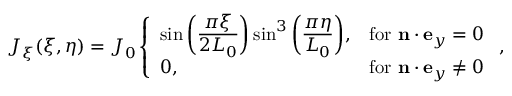
\begin{array} { r } { J _ { \xi } ( \xi , \eta ) = J _ { 0 } \left\{ \begin{array} { l l } { \sin \bigg ( \displaystyle \frac { \pi \xi } { 2 L _ { 0 } } \bigg ) \sin ^ { 3 } \bigg ( \displaystyle \frac { \pi \eta } { L _ { 0 } } \bigg ) , } & { \mathrm { f o r ~ } \mathbf { n } \cdot \mathbf { e } _ { y } = 0 } \\ { 0 , } & { \mathrm { f o r ~ } \mathbf { n } \cdot \mathbf { e } _ { y } \ne 0 } \end{array} \right. , } \end{array}